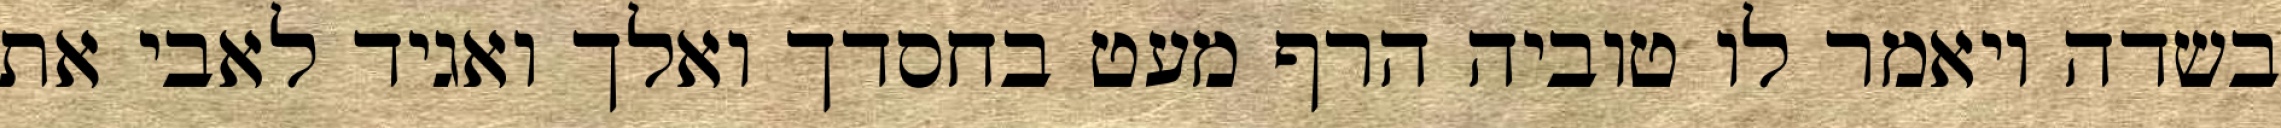
בשדה ויאמר לו טוביה הרף מעט בחסדך ואלך ואגיד לאבי את